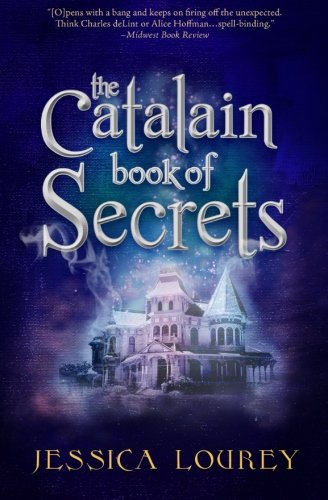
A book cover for The Catalain Book of Secrets; Jessica Lourey; Science Fiction & Fantasy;